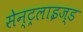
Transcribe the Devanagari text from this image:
सेन्ट्रलाइज्ड